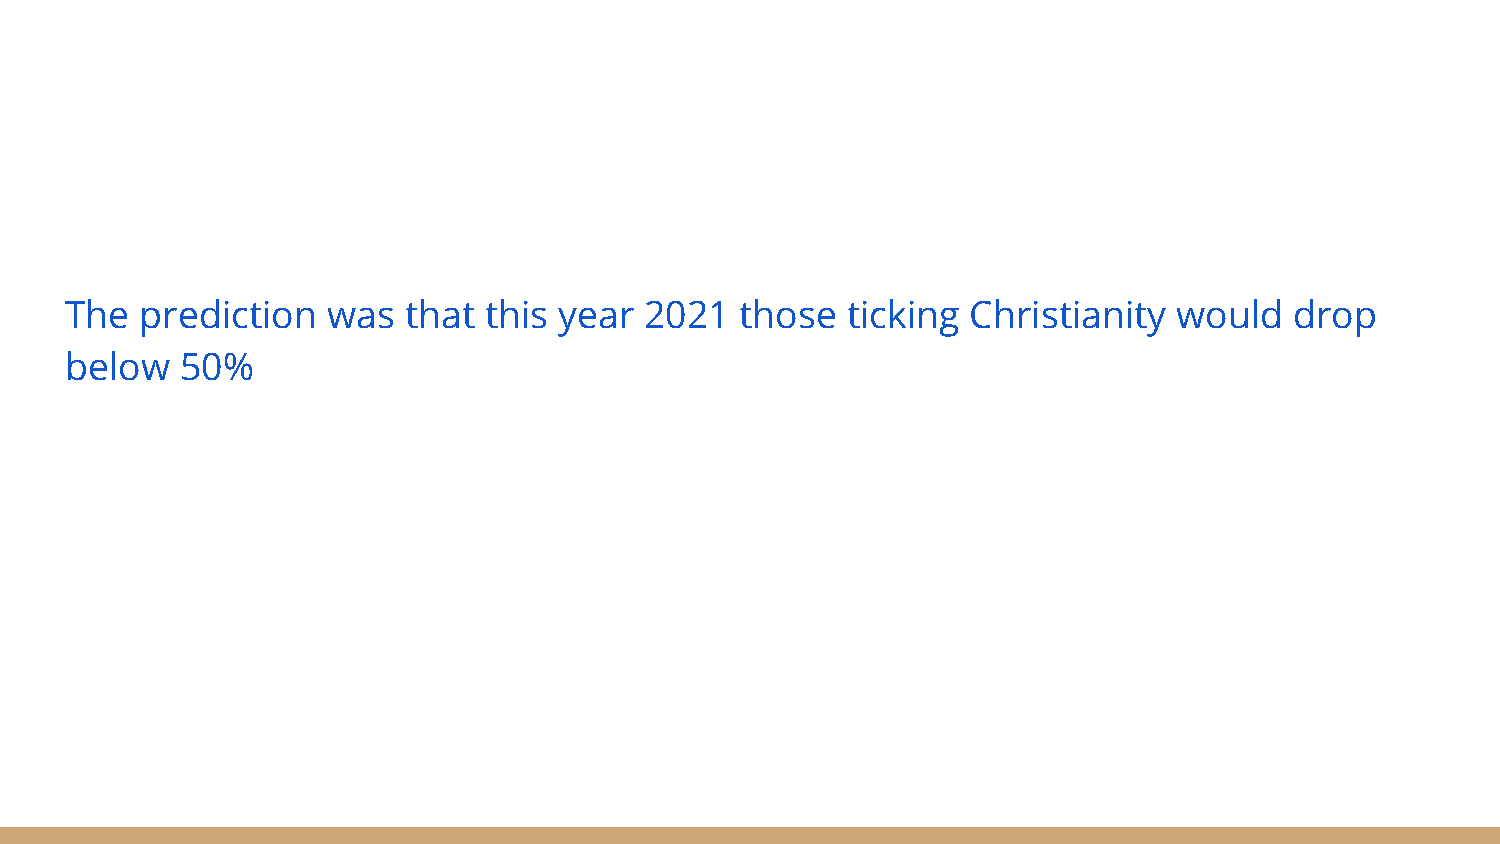
The  prediction   was  that this year  2021  those  ticking Christianity  would   drop
 below   50%